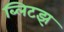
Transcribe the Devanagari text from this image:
ब्लिटझ